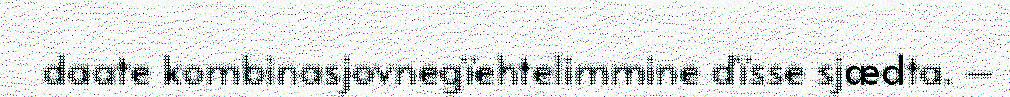
daate kombinasjovnegïehtelimmine dïsse sjædta. –